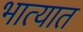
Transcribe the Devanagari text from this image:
भात्यात